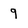
Character: 9